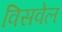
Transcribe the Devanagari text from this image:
विसवेल